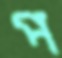
প